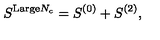
S ^ { \mathrm { L a r g e } N _ { c } } = S ^ { ( 0 ) } + S ^ { ( 2 ) } ,